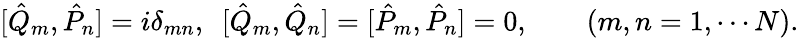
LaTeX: [\hat{Q}_{m},\hat{P}_{n}]=i\delta_{mn},\ \ [\hat{Q}_{m},\hat{Q}_{n}]=[\hat{P}_{m},\hat{P}_{n}]=0,\qquad(m,n=1,\cdots N).